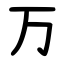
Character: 万